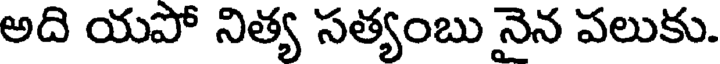
అది యపో నిత్య సత్యంబు నైన పలుకు.